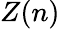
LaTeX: Z(n)